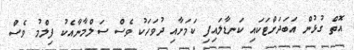
އޮތް ގުޅުން އަބަދަށްޓަކައި ކަނޑާލައިފި ކަމަށާއި ދުވަހަކު ވެސް ސަލްމާނާއެކު ފިލްމު ވެސް